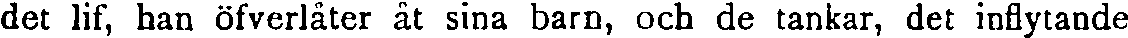
det lif, han öfverlåter åt sina barn, och de tankar, det inflytande